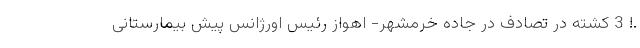
.! 3 کشته در تصادف در جاده خرمشهر- اهواز رئیس اورژانس پیش بیمارستانی